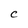
Character: C